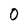
Character: 0